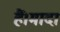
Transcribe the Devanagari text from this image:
हैं।मादा